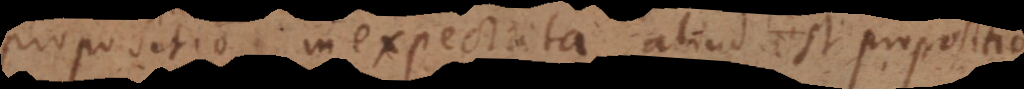
propositio inexpectata, aliud est propositio